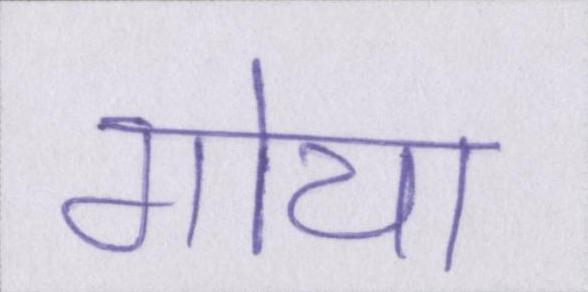
गोया